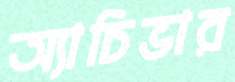
অ্যাচিভার